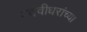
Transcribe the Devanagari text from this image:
पदवीधरांच्या